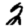
Digit: 2